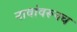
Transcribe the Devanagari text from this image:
नावांवरूनच